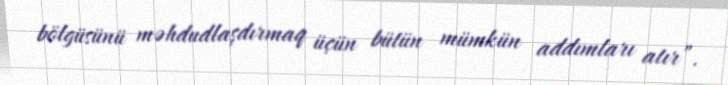
bölgüsünü məhdudlaşdırmaq üçün bütün mümkün addımları atır”.